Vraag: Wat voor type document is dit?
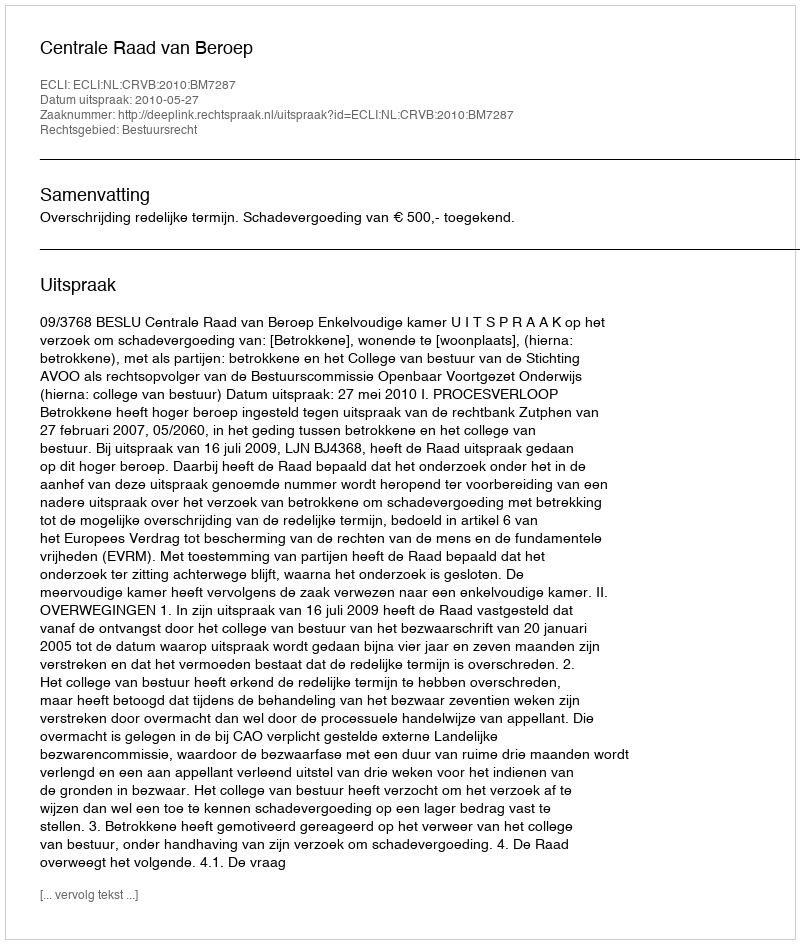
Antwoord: Uitspraak